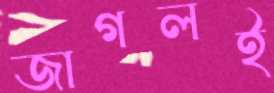
জাগলই